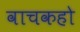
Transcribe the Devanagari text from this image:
वाचकहो